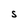
Character: S